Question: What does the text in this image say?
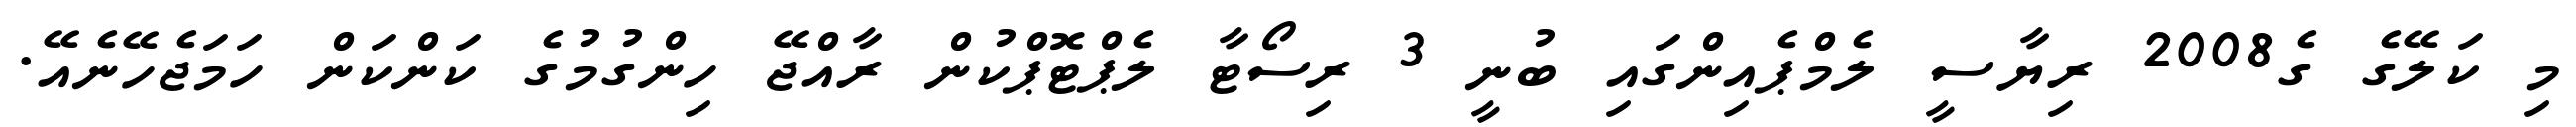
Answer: މި ކަލޭގެ ގެ2008 ރިޔާސީ ލެމްޕެއިންގައި ބުނީ 3 ރިސޯޓާ ލެޕްޓޮޕްކުން ރާއްޖޭ ހިންގުމުގެ ކަންކަން ހަމަޖެހޭނެއޭ.